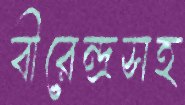
বীরেন্দ্রসহ